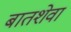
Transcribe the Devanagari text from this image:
बातशेवा